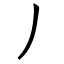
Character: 丿